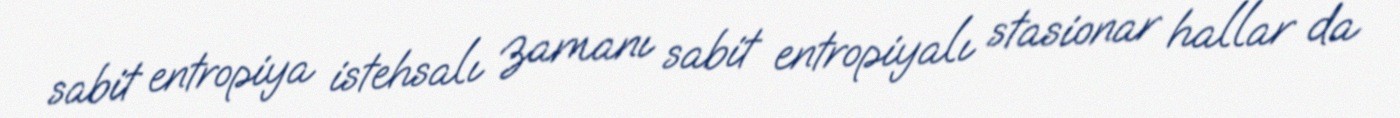
sabit entropiya istehsalı zamanı sabit entropiyalı stasionar hallar da